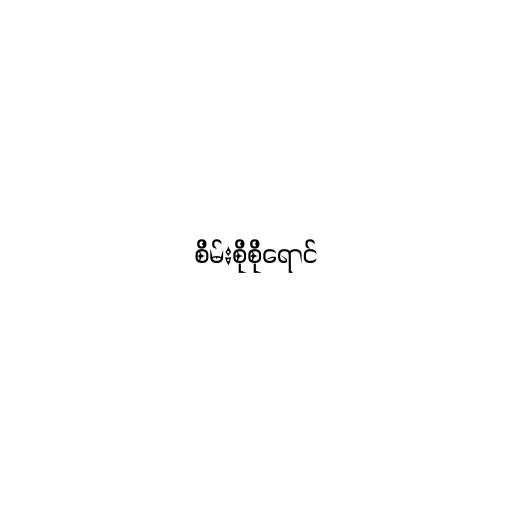
စိမ်းစိုစိုရောင်